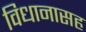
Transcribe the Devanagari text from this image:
विधानासह